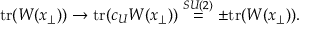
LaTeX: \mathrm { t r } ( W ( x _ { \perp } ) ) \rightarrow \mathrm { t r } ( c _ { U } W ( x _ { \perp } ) ) \stackrel { S U ( 2 ) } { = } \pm \mathrm { t r } ( W ( x _ { \perp } ) ) .